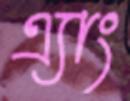
এ্যাং